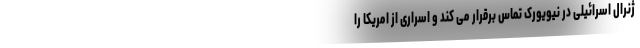
ژنرال اسرائیلی در نیویورک تماس برقرار می کند و اسراری از امریکا را